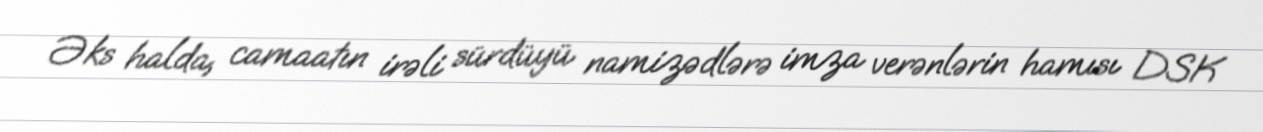
Əks halda, camaatın irəli sürdüyü namizədlərə imza verənlərin hamısı DSK